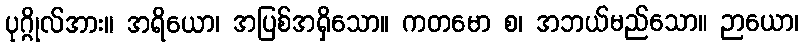
ပုဂ္ဂိုလ်အား။ အရိယော၊ အပြစ်အရှိသော။ ကတမော စ၊ အဘယ်မည်သော။ ဉာယော၊